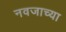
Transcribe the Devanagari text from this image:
नवजाच्या